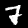
Label: 7